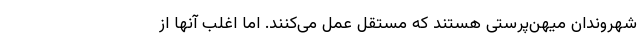
شهروندان میهن‌پرستی هستند که مستقل عمل می‌کنند. اما اغلب آنها از